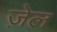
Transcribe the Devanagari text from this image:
जे़ल